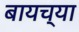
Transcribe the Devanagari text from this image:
बायच्या